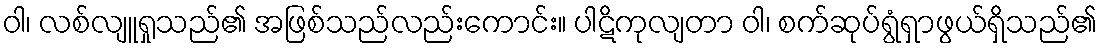
ဝါ၊ လစ်လျူရှုသည်၏ အဖြစ်သည်လည်းကောင်း။ ပါဋိကုလျတာ ဝါ၊ စက်ဆုပ်ရွံရှာဖွယ်ရှိသည်၏